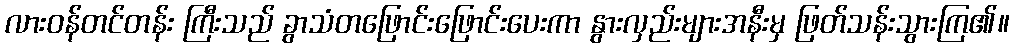
လားဝန်တင်တန်း ကြီးသည် ခွာသံတဖြောင်းဖြောင်းပေးကာ နွားလှည်းများအနီးမှ ဖြတ်သန်းသွားကြ၏။